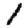
Digit: 1